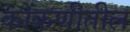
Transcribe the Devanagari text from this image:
कोंकणीतील